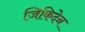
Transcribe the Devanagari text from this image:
जिकिदेन